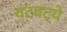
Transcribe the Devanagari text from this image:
वटवट्ये